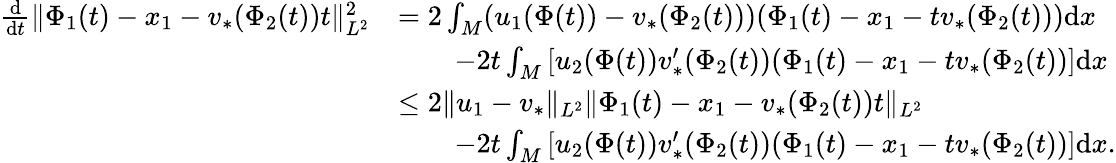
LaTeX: \begin{array}{rl}{\frac{\mathrm{d}}{\mathrm{d}t}\| \Phi_{1}(t)-x_{1}-v_{*}(\Phi_{2}(t))t\| _{L^{2}}^{2}}&{=2\int_{M}(u_{1}(\Phi(t))-v_{*}(\Phi_{2}(t)))(\Phi_{1}(t)-x_{1}-tv_{*}(\Phi_{2}(t)))\mathrm{d}x}\\ &{\qquad-2t\int_{M}\left[u_{2}(\Phi(t))v_{*}^{\prime}(\Phi_{2}(t))(\Phi_{1}(t)-x_{1}-tv_{*}(\Phi_{2}(t))\right]\mathrm{d}x}\\ &{\leq 2\| u_{1}-v_{*}\| _{L^{2}}\| \Phi_{1}(t)-x_{1}-v_{*}(\Phi_{2}(t))t\| _{L^{2}}}\\ &{\qquad-2t\int_{M}\left[u_{2}(\Phi(t))v_{*}^{\prime}(\Phi_{2}(t))(\Phi_{1}(t)-x_{1}-tv_{*}(\Phi_{2}(t))\right]\mathrm{d}x.}\end{array}